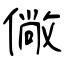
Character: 僘